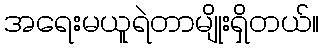
အရေးမယူရဲတာမျိုးရှိတယ်။